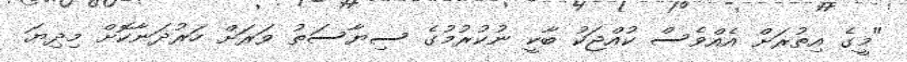
"މީގެ އިތުރަށް އެއްވެސް ކުއްޖަކު ބާކީ ނުކުރުމުގެ ސިޔާސަތު ވަރަށް ހަރުދަނާކޮށް މިދިޔަ